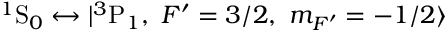
{ ^ 1 } \mathrm { S } _ { 0 } \leftrightarrow | { ^ 3 } \mathrm { P } _ { 1 } , ~ F ^ { \prime } = 3 / 2 , ~ m _ { F ^ { \prime } } = - 1 / 2 \rangle